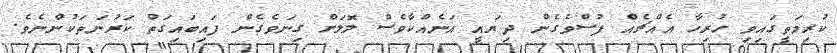
ކުރިމަތީގައިވި ހުރިހާ އެއްޗެއް ފުސްވެގެން ދިޔައީ އަނެއްކާވެސް ލޮލަށް ގިނަވެގެން ފައިބައިގަތް ކަރުނަތަކުންނެވެ.